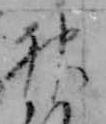
神